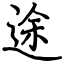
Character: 途